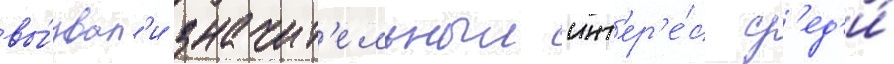
вы́звал'и значит'ельныи инт'ер'е́с ср'ед'и́